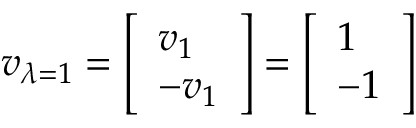
v _ { \lambda = 1 } = { \left[ \begin{array} { l } { v _ { 1 } } \\ { - v _ { 1 } } \end{array} \right] } = { \left[ \begin{array} { l } { 1 } \\ { - 1 } \end{array} \right] }